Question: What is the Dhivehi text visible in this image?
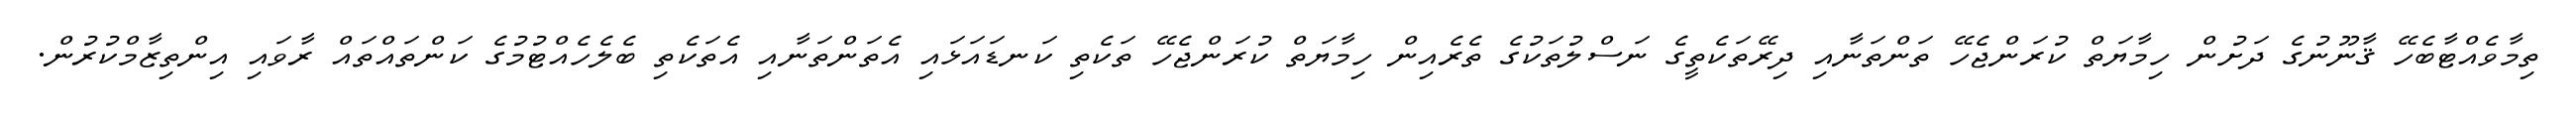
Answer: ތިމާވެއްޓާބެހޭ ޤާނޫނުގެ ދަށުން ހިމާޔަތް ކުރަންޖެހޭ ތަންތަނާއި ދިރޭތަކެތީގެ ނަސްލުތަކުގެ ތެރެއިން ހިމާޔަތް ކުރަންޖެހޭ ތަކެތި ކަނޑައަޅައި އެތަންތަނާއި އެތަކެތި ބެލެހެއްޓުމުގެ ކަންތައްތައް ރާވައި އިންތިޒާމްކުރުން.